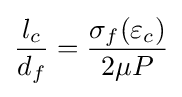
{\frac {l_{c}}{d_{f}}}={\frac {\sigma _{f}(\varepsilon _{c})}{2\mu P}}